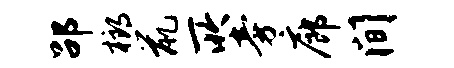
劭榔鼠所旁廊间